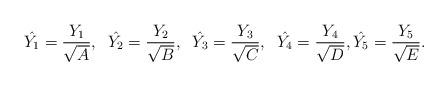
LaTeX: \begin{align*}\hat{Y_1}=\frac{Y_1}{\sqrt{A}}, \; \; \hat{Y_2}=\frac{Y_2}{\sqrt{B}}, \; \; \hat{Y_3}=\frac{Y_3}{\sqrt{C}}, \; \; \hat{Y_4}=\frac{Y_4}{\sqrt{D}},\hat{Y_5}=\frac{Y_5}{\sqrt{E}}.\end{align*}